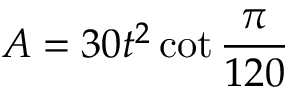
A = 3 0 t ^ { 2 } \cot { \frac { \pi } { 1 2 0 } }